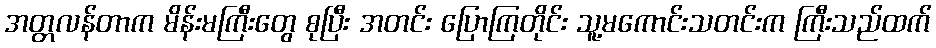
အတ္တလန်တာက မိန်းမကြီးတွေ စုပြီး အတင်း ပြောကြတိုင်း သူ့မကောင်းသတင်းက ကြီးသည်ထက်